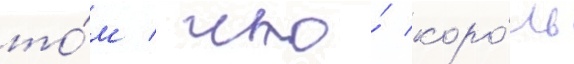
то́м / что́ коро́ль